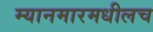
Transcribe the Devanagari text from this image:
म्यानमारमधीलच